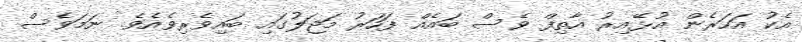
އެކު އަހަރެން އުޅޭއިރު އާތިފް ވެސް ބައެއް ފަހަރު މަޖަލުގައި ބައިވެރިވެއެވެ. ނަމަވެސް